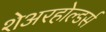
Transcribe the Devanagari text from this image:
शेअरहोल्डर्स